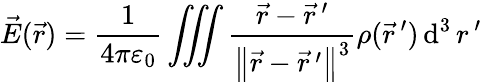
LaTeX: {\vec{E}}({\vec{r}})={\frac{1}{4\pi\varepsilon_{0}}}\iiint{\frac{{\vec{r}}-{\vec{r}}\, ^{\prime}}{\left\| {\vec{r}}-{\vec{r}}\, ^{\prime}\right\| ^{3}}}\rho({\vec{r}}\, ^{\prime})\operatorname{d}^{3}r\, ^{\prime}